Civil Veterinary Department. Madras. Admin. report 1910-25 - 1910-1925
Year: 1910
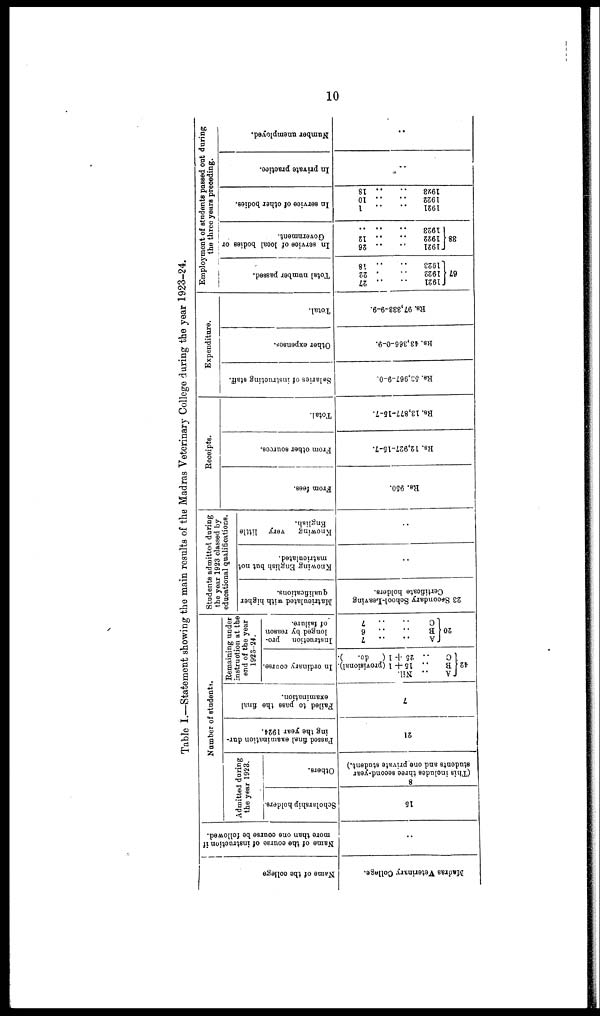
10
Table I.—Statement showing the main results of the Madras Veterinary College during the year 1923-24.
Name of the college
Madras Veterinary Collage.
Name of the course of instruction if
more than one course be followed.
..
Number of students.
Admitted during
the year 1923.
Scholarship holders.
15
Others.
8
(This includes three second-year
students and one private student.)
-
Passed final examination dur-
ing the year 1924.
21
Failed to pass the final
examination.
7
Remaining under
instruction at the
end of the year
1923-24.
In ordinary course.
A ..
Nil.
42 B .. 15 + 1 (provisional).
C .. 25 + 1 (
do.
).
Instruction
pro-
longed by reason
of failure.
A
..
..
7
20 B .. ..
6
Students admitted during
the year 1923 classed by
educational qualifications.
Matriculated with higher
qualifications.
23 Secondary School-Leaving
Certificate holders.
Knowing English but not
matriculated.
..
Knowing
very little
English.
..
Receipts.
Fr om fees.
Rs. 950.
Fr om ot he r s our ces .
lis. 12,927-15-7.
Tot al .
Rs. 13,877-15-7.
Expenditure.
Salaries of instructing staff.
Rs. 53,967-9-0.
Other expenses.
Rs. 43,366-0-9.
Total.
Rs. 97,333-9-9.
Employment of students passed out during
the three years preceding.
Total number passed.
1921 .. .. 27
67 1922 ..
. 22
1923 .. .. 18
In service of local
bodies or
Government.
1921
.. .. 26
38 1922 ..
.. 12
1923
..
..
In service of other bodies.
1921 ..
..
1
1922 .. .. 10
1923 ..
..
18
In private practice.
..
Number unemployed.
..